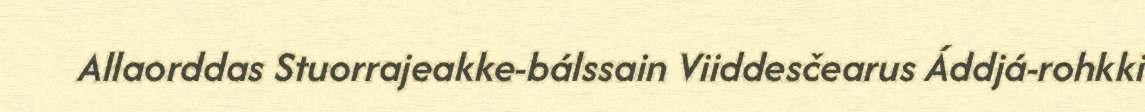
Allaorddas Stuorrajeakke-bálssain Viiddesčearus Áddjá-rohkki